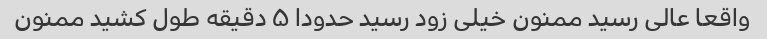
واقعا عالی رسید ممنون خیلی زود رسید حدودا ۵ دقیقه طول کشید ممنون